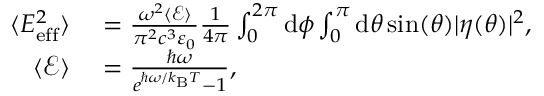
\begin{array} { r l } { \langle E _ { \mathrm { e f f } } ^ { 2 } \rangle } & { { } = \frac { \omega ^ { 2 } \langle \mathcal { E } \rangle } { \pi ^ { 2 } c ^ { 3 } \varepsilon _ { 0 } } \frac { 1 } { 4 \pi } \int _ { 0 } ^ { 2 \pi } \mathrm { d } \phi \int _ { 0 } ^ { \pi } \mathrm { d } \theta \sin ( \theta ) | \eta ( \theta ) | ^ { 2 } , } \\ { \langle \mathcal { E } \rangle } & { { } = \frac { \hbar \omega } { e ^ { \hbar \omega / k _ { \mathrm { B } } T } - 1 } , } \end{array}